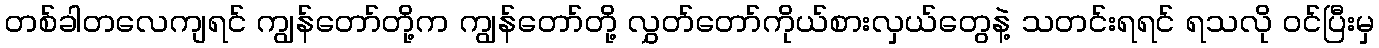
တစ်ခါတလေကျရင် ကျွန်တော်တို့က ကျွန်တော်တို့ လွှတ်တော်ကိုယ်စားလှယ်တွေနဲ့ သတင်းရရင် ရသလို ဝင်ပြီးမှ